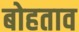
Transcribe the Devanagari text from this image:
बोहताव